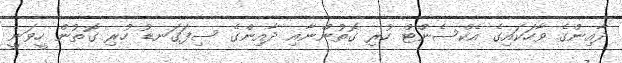
ދާއިންގެ ވާހަކައިގެ އެކްސެންޓް ހުރި ގޮތުންނާއި ދާއިންގެ ސިފަގަނޑު ހުރި ގޮތުން ހީވަނީ